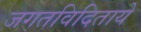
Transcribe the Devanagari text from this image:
जगतविदिताये